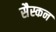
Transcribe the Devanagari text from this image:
सैस्कन